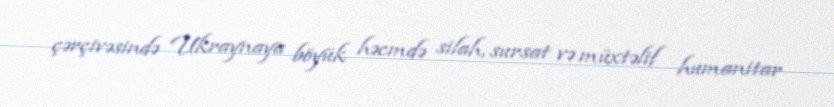
çərçivəsində Ukraynaya böyük həcmdə silah, sursat və müxtəlif humanitar